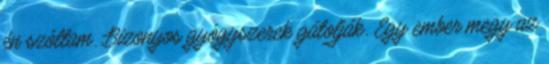
én szóltam. Bizonyos gyógyszerek gátolják. Egy ember megy az